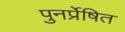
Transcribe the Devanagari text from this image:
पुनर्प्रेषित